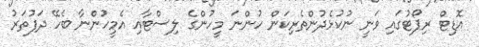
އޮޑިޓް ރިޕޯޓުގައި ވަނީ ނުކުޅެދުންތެރިކަން ހުންނަ މީހުންގެ ލިސްޓާއި އެމީހުންނާ ބެހޭ ދަފުތަރު